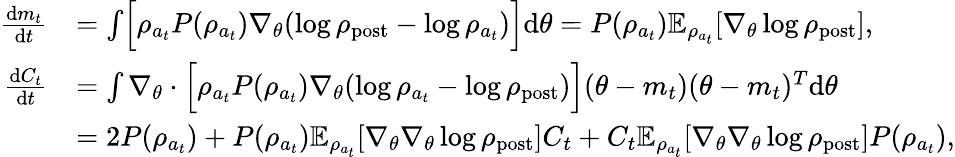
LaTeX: \begin{array}{rl}{\frac{\mathrm{d}m_{t}}{\mathrm{d}t}}&{=\int\Bigl[\rho_{a_{t}}P(\rho_{a_{t}})\nabla_{\theta}(\log\rho_{\mathrm{post}}-\log\rho_{a_{t}})\Bigr]\mathrm{d}\theta=P(\rho_{a_{t}})\mathbb{E}_{\rho_{a_{t}}}[\nabla_{\theta}\log\rho_{\mathrm{post}}],}\\ {\frac{\mathrm{d}C_{t}}{\mathrm{d}t}}&{=\int\nabla_{\theta}\cdot\Bigl[\rho_{a_{t}}P(\rho_{a_{t}})\nabla_{\theta}(\log\rho_{a_{t}}-\log\rho_{\mathrm{post}})\Bigr](\theta-m_{t})(\theta-m_{t})^{T}\mathrm{d}\theta}\\ &{=2P(\rho_{a_{t}})+P(\rho_{a_{t}})\mathbb{E}_{\rho_{a_{t}}}[\nabla_{\theta}\nabla_{\theta}\log\rho_{\mathrm{post}}]C_{t}+C_{t}\mathbb{E}_{\rho_{a_{t}}}[\nabla_{\theta}\nabla_{\theta}\log\rho_{\mathrm{post}}]P(\rho_{a_{t}}),}\end{array}